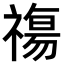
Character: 𥛙